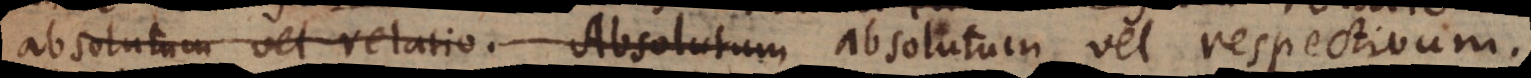
absolutum vel relatio. Absolutum absolutum, vel respectivum.